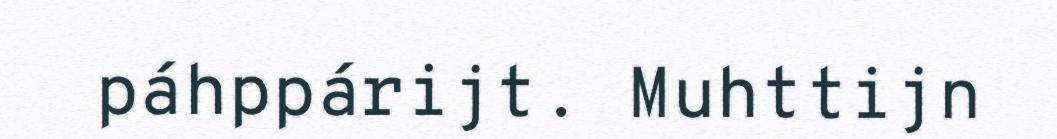
páhppárijt. Muhttijn